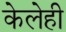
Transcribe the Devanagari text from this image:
केलेही